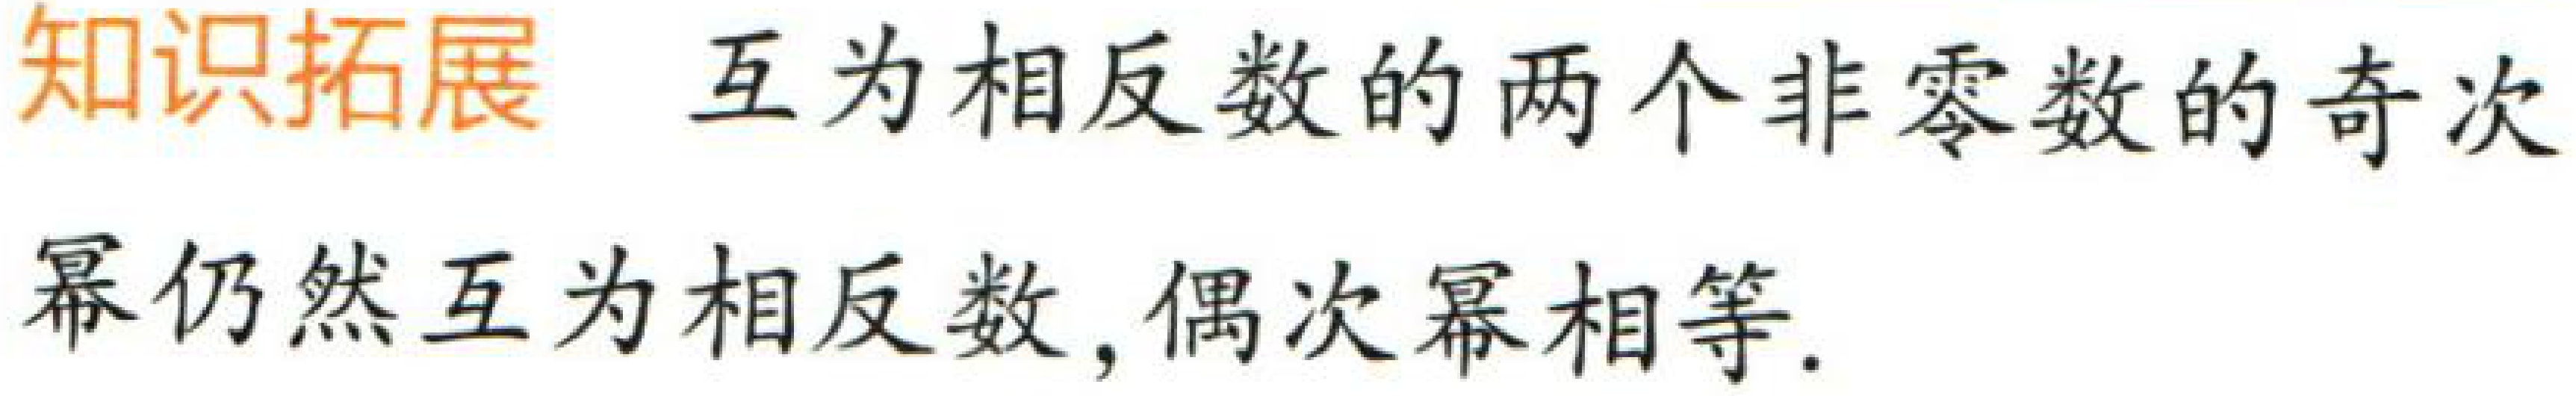
知识拓展 互为相反数的两个非零数的奇次幂仍然互为相反数，偶次幂相等.